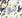
تود